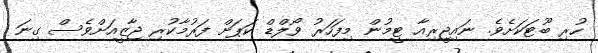
ހުރި ބޫޓަކަށެވެ. ނައިޖީރިއާ ޓީމުން މިފަހަރު ވޯލްޑް ކަޕަށް ފަރުމާކުރި ޖާޒީއަށްވެސް ގިނަ